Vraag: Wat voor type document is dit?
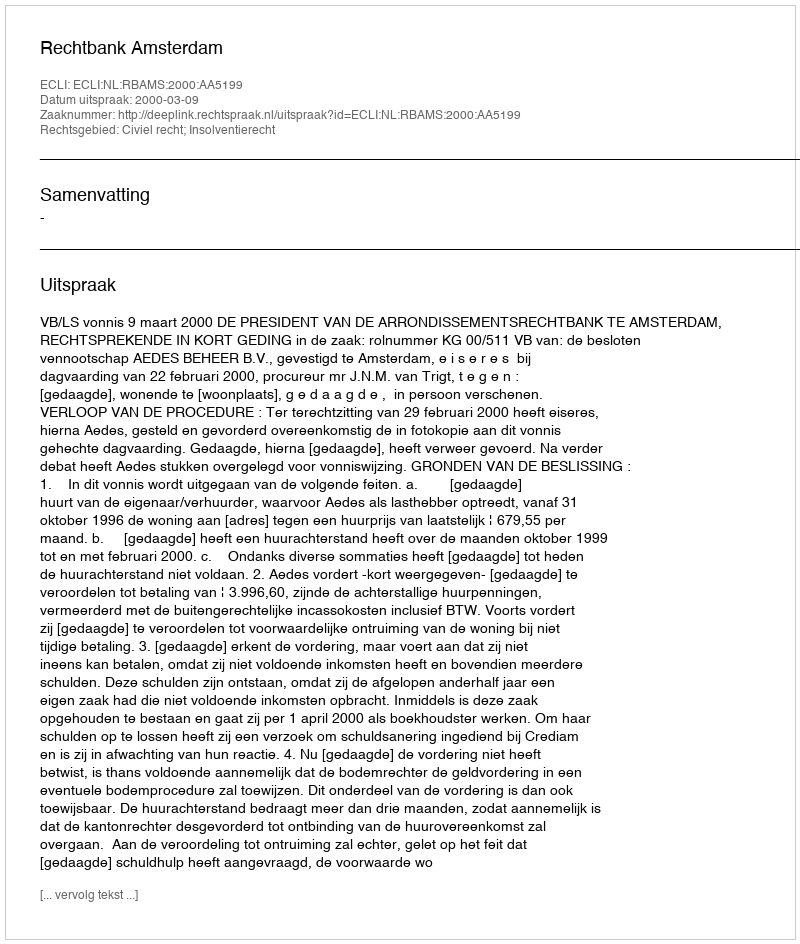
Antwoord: Uitspraak